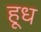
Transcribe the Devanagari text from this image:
हूध